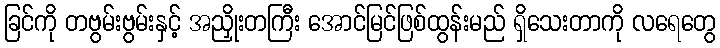
ခြင်ကို တဗွမ်းဗွမ်းနှင့် အညှိုးတကြီး အောင်မြင်ဖြစ်ထွန်းမည် ရှိသေးတာကို လရေတွေ